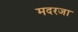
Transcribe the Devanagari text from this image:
मदरजा